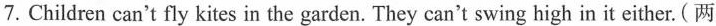
7.Children can't fly kites in the garden. They can't swing high in it either.(两